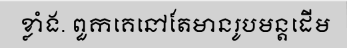
ខ្លាំង. ពួកគេនៅតែមានរូបមន្តដើម